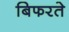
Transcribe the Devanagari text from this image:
बिफरते